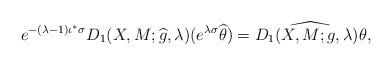
LaTeX: \begin{align*} e^{-(\lambda-1)\iota^*\sigma}D_1(X,M;\widehat{g},\lambda)(e^{\lambda \sigma}\widehat{\theta}) =\widehat{D_1(X,M;g,\lambda)\theta}, \end{align*}